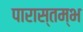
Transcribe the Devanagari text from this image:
पारास्तम्भ